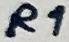
Text: R1